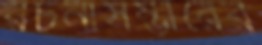
রচনাসম্ভারের